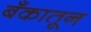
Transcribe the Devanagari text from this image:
बँकातून